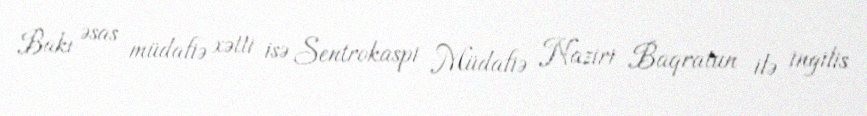
Bakı əsas müdafiə xətti isə Sentrokaspi Müdafiə Naziri Baqratun ilə ingilis